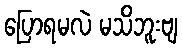
ပြောရမလဲ မသိဘူးဗျ